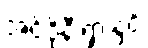
အင်ဒိုနီးရှားနှင့်